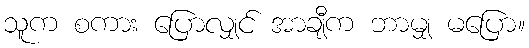
သူက စကား ပြောလျှင် အာချီက ဘာမျှ မပြော။